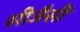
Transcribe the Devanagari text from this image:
सीजैसी